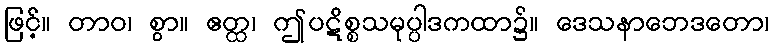
ဖြင့်။ တာဝ၊ စွာ။ ဧတ္ထ၊ ဤပဋိစ္စသမုပ္ပါဒကထာ၌။ ဒေသနာဘေဒတော၊